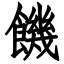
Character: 饑